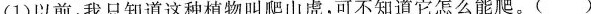
(1)以前，我只知道这种植物叫爬山虎，可不知道它怎么能爬。( )